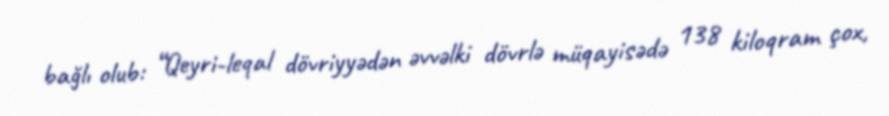
bağlı olub: “Qeyri-leqal dövriyyədən əvvəlki dövrlə müqayisədə 138 kiloqram çox,